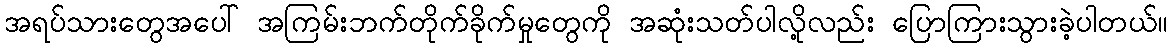
အရပ်သားတွေအပေါ် အကြမ်းဘက်တိုက်ခိုက်မှုတွေကို အဆုံးသတ်ပါလို့လည်း ပြောကြားသွားခဲ့ပါတယ်။